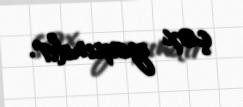
çox yaxındır.